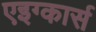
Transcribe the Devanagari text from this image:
एइग्कार्स